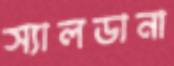
স্যালডানা